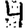
Digit: 4